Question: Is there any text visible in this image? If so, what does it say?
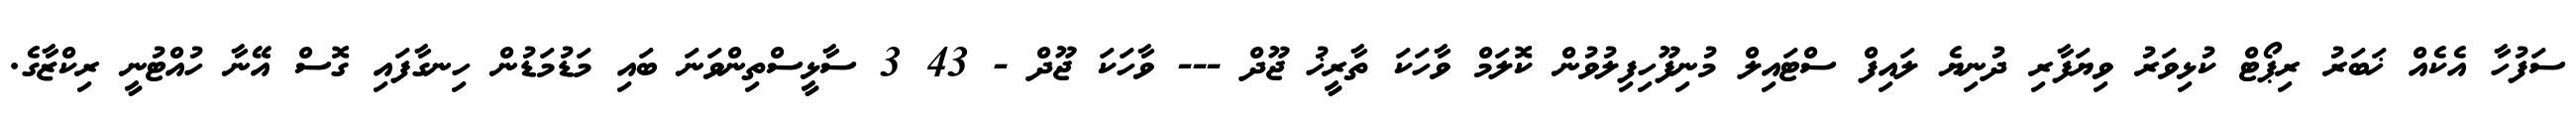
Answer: ސަފުހާ އެކެއް ޚަބަރު ރިޕޯޓް ކުޅިވަރު ވިޔަފާރި ދުނިޔެ ލައިފް ސްޓައިލް މުނިފޫހިފިލުވުން ކޮލަމް ވާހަކަ ތާރީޚު ޖޫދް --- ވާހަކަ ޖޫދް - 43 3 ސާޅީސްތިންވަނަ ބައި މަޑުމަޑުން ހިނގާފައި ގޮސް އޭނާ ހުއްޓުނީ ރިކްޒާގެ.